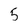
Character: 5